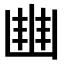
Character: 𠁳